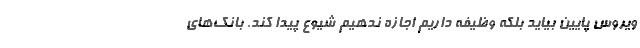
ویروس پایین بیاید بلکه وظیفه داریم اجازه ندهیم شیوع پیدا کند. بانک‌های